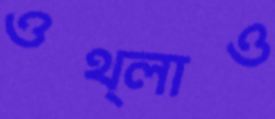
ওথ্‌লাও